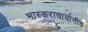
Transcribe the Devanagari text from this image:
भास्कराचार्यानीच